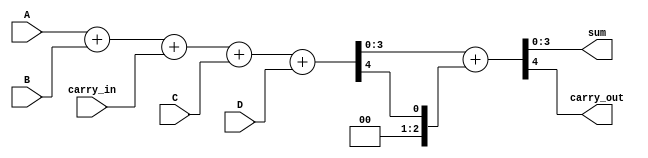
module ModifiedCarrySaveAdder #(parameter WIDTH = 4, parameter NUM_INPUTS = 3) (
    input [WIDTH-1:0] A, 
    input [WIDTH-1:0] B, 
    input [WIDTH-1:0] C, 
    input [WIDTH-1:0] D, // Add more inputs as needed
    input carry_in,
    output [WIDTH-1:0] sum,
    output carry_out
);

    // Intermediate signals for partial sums and carries
    wire [WIDTH-1:0] partial_sum[0:NUM_INPUTS-1];
    wire [NUM_INPUTS-1:0] carry[0:NUM_INPUTS-1];

    // Generate partial sums and carries using full adders
    generate
        genvar i;
        for (i = 0; i < NUM_INPUTS; i = i + 1) begin : adder_gen
            if (i == 0) begin
                // First input, no previous carry
                assign {carry[i], partial_sum[i]} = A + B + carry_in;
            end else if (i == 1) begin
                // Second input
                assign {carry[i], partial_sum[i]} = partial_sum[i-1] + C;
            end else if (i == 2) begin
                // Third input
                assign {carry[i], partial_sum[i]} = partial_sum[i-1] + D;
            end
            // Add more inputs as needed
        end
    endgenerate

    // Final carry propagation
    wire [WIDTH-1:0] final_sum;
    wire final_carry;

    // Use a final adder to combine all partial sums and carries
    assign {final_carry, final_sum} = partial_sum[NUM_INPUTS-1] + carry[NUM_INPUTS-1];

    // Assign outputs
    assign sum = final_sum;
    assign carry_out = final_carry;

endmodule